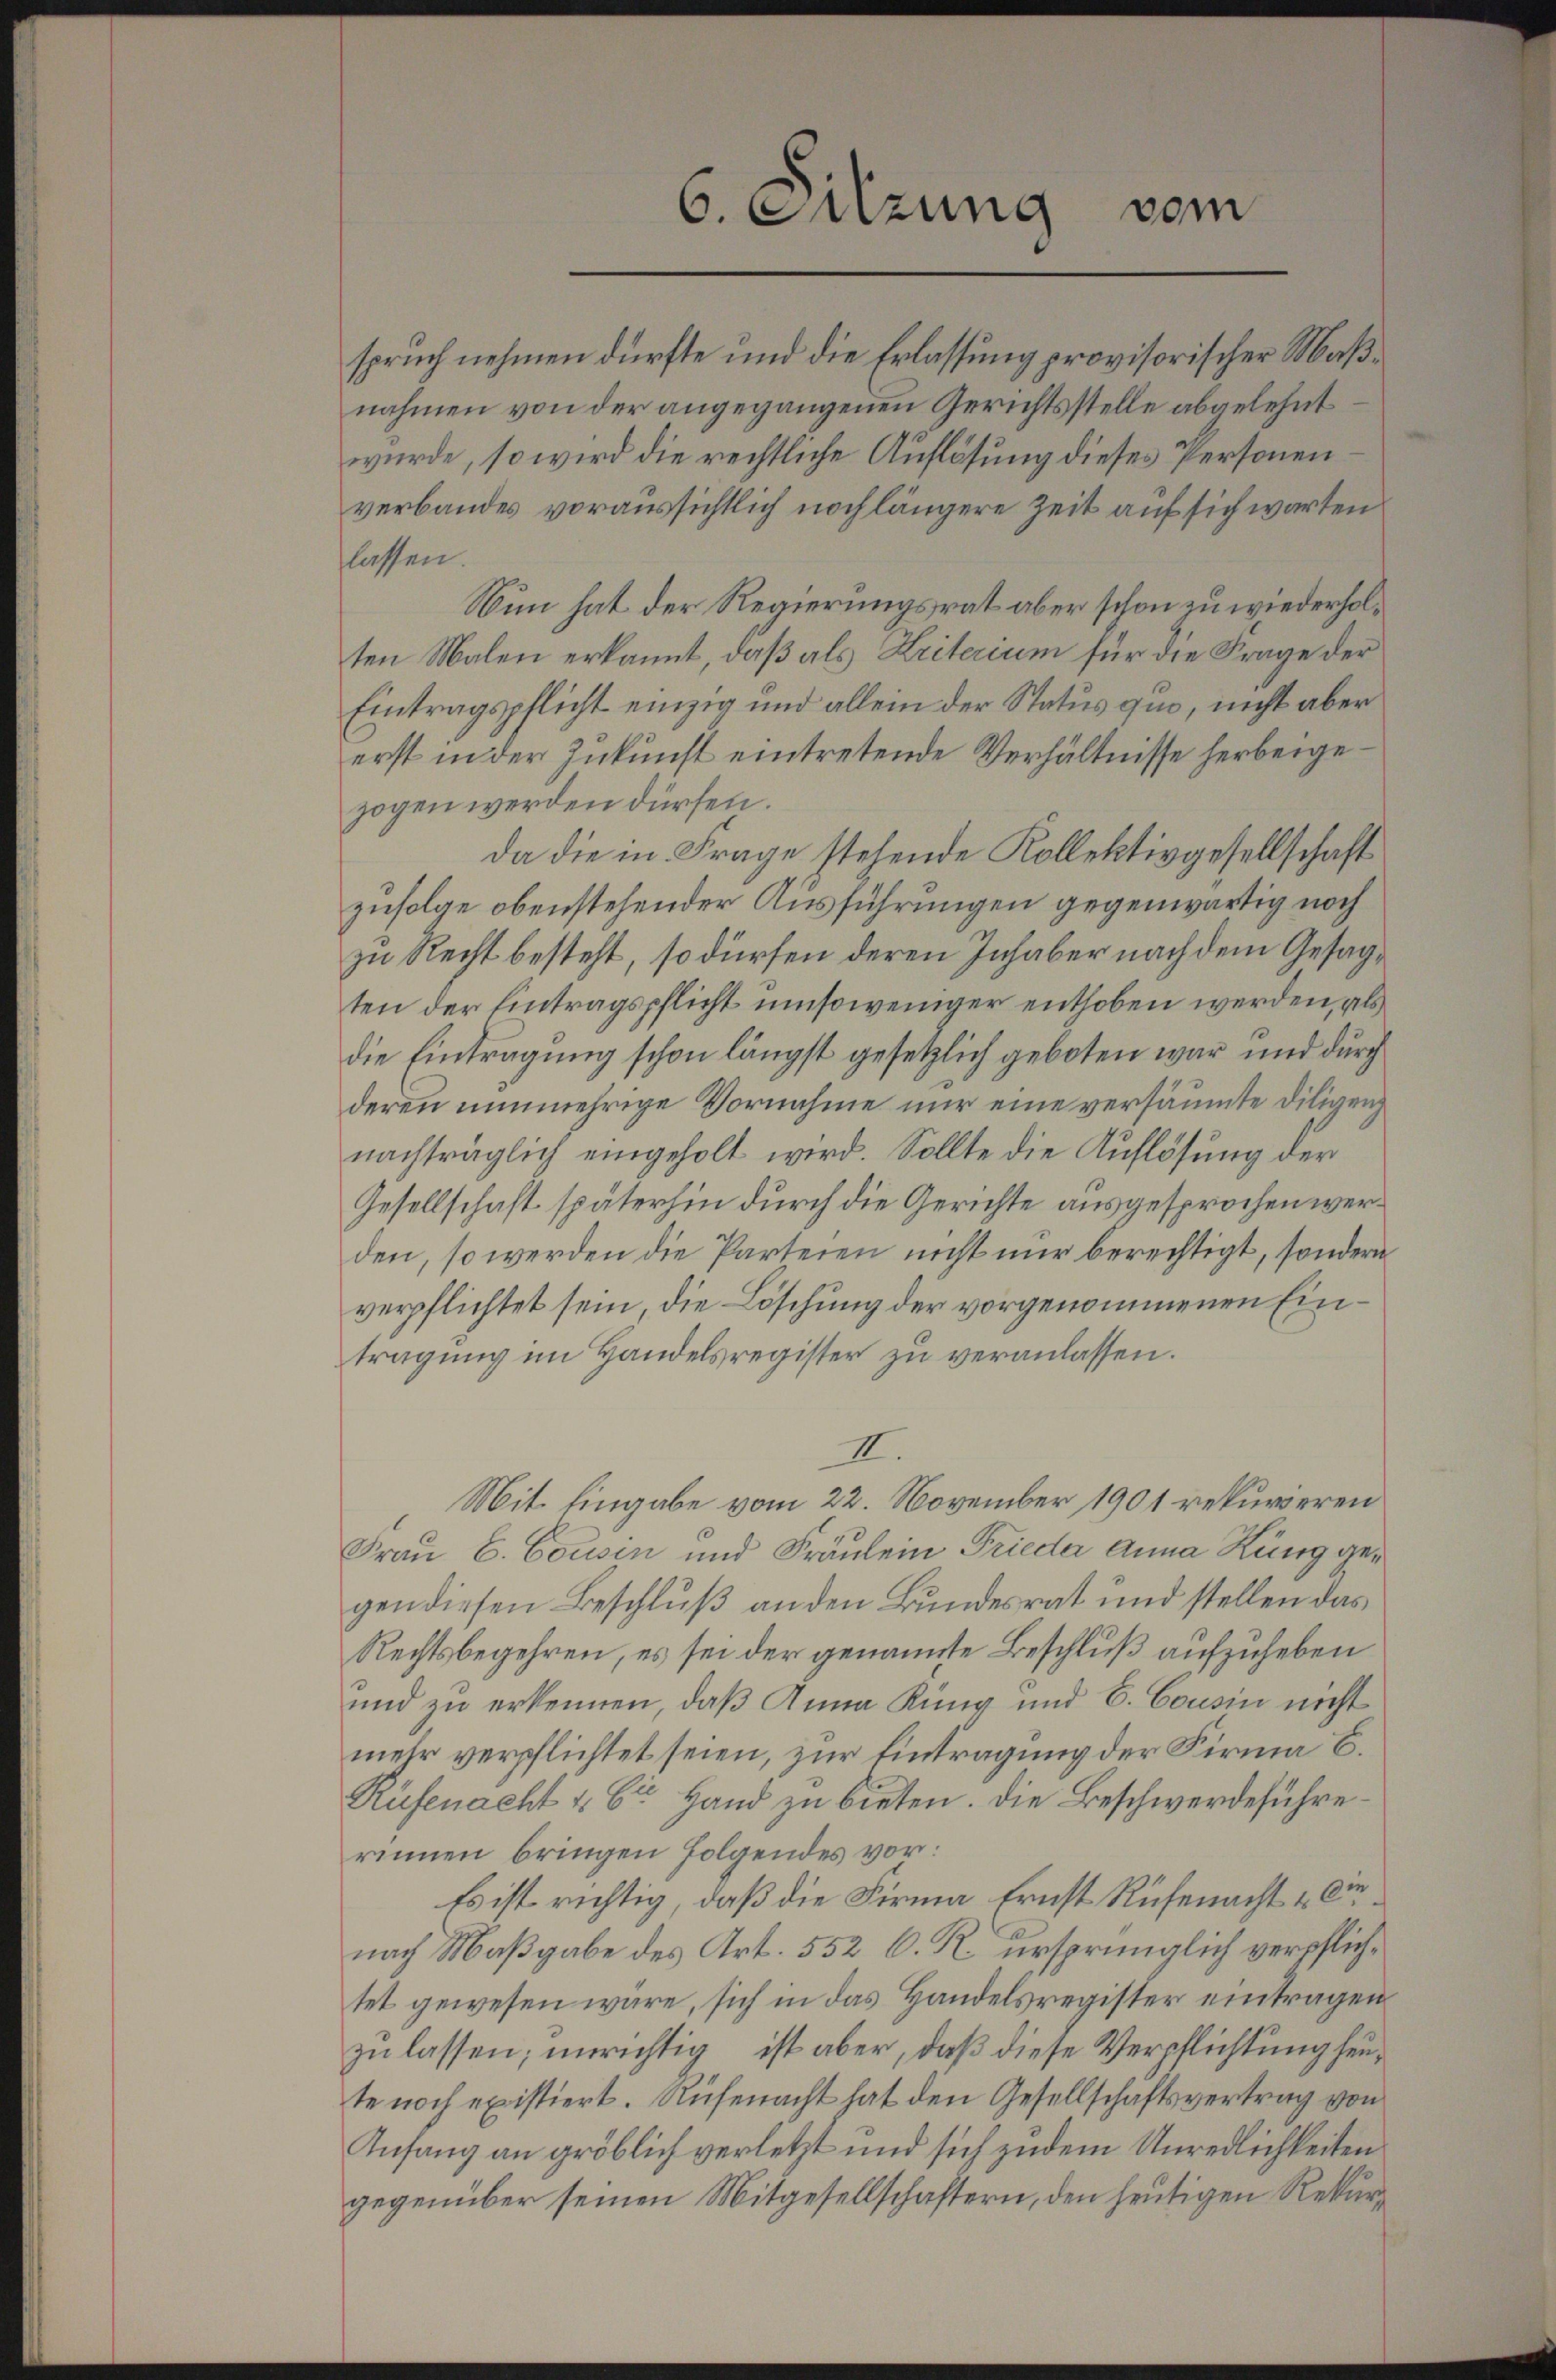
spruch nehmen dürfte und die Erlassung provisorischer Maßnahmen von der angegangenen Gerichtsstelle abgelehnt
wurde, so wird die rechtliche Auflösung dieses Personen
verbandes voraussichtlich noch längere Zeit auf sich warten
lassen.
Nun hat der Regierungsrat aber schon zu wiederholten Malen erkannt, daß als Kriterium für die Frage der
Eintragspflicht einzig und allein der Status quo, nicht aber
erst in der Zukunst eintretende Verhältnisse herbeigezogen werden dürfen.
da die in Frage stehende Kollektivgesellschaft
zufolge obenstehender Ausführungen gegenwärtig noch
zu Recht besteht, so dürfen deren Inhaber nach dem Gesagten der Eintragspflicht umsoweniger enthoben werden, als
die Eintragung schon längst gesetzlich geboten war und durch
deren nunmehrige Vornahme nur eine versäumte Diligen
nachträglich eingeholt wird. Sollte die Auflösung der
Gesellschaft späterhin durch die Gerichte ausgesprochen werden, so werden die Parteien nicht nur berechtigt, sondern
verpflichtet sein, die Löschung der vorgenommenen Eintragung im Handelsregister zu veranlassen.
II.
Mit. Eingabe vom 22. November 1901 rekurieren
Frau C. Cousin und Fräulein Frieder Anna Küng gegen diesen Beschluß an den Bundesrat und stellen das
Rechtsbegehren, es sei der genannte Beschluß aufzuheben
und zu erkennen, daß Anna Küng und E. Cousin nicht
mehr verpflichtet seien, zur Eintragung der Firma C.
Rüfenacht u. Er Hand zu bieten. Die Beschwerdeführerinnen bringen folgendes vor:
Es ist richtig, daß die Firma Ernst Rüfenacht dienach Maßgabe des Art. 552 C. R. ursprünglich verpflichtet gewesen wäre, sich in das Handelsregister eintragen
zu lassen; unrichtig ist aber, daß diese Verpflichtung heute noch existiert. Rüfenacht hat den Gesellschaftsvertrag von
Anfang an gröblich verletzt und sich zudem Unredlichkeiten
gegenüber seinen Mitgesellschaftern, den heutigen Rekur¬

vom
6. Sitzung